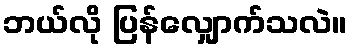
ဘယ်လို ပြန်လျှောက်သလဲ။